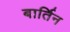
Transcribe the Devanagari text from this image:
बार्तिन